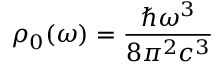
\rho _ { 0 } ( \omega ) = { \frac { \hbar \omega ^ { 3 } } { 8 \pi ^ { 2 } c ^ { 3 } } }